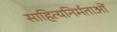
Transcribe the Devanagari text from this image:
साहित्यनिर्मताओं